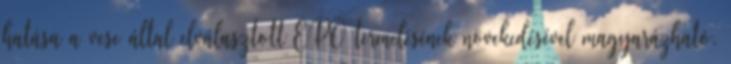
hatása a vese által elválasztott EPO termelésének növekedésével magyarázható.